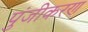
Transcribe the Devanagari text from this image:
पुंजीकरण